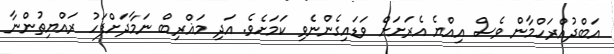
އަބްދުއްރަހްމާން ވެސް އިއްޔެ އެރަށަށް ވަޑައިގެންނެވި ކަމަށެވެ. އަދި މަޣްރިބް ނަމާދަށްފަހު ރައްޔިތުންނާ